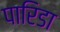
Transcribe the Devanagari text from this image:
पारिडा